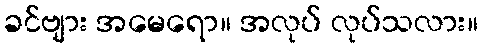
ခင်ဗျား အမေရော။ အလုပ် လုပ်သလား။